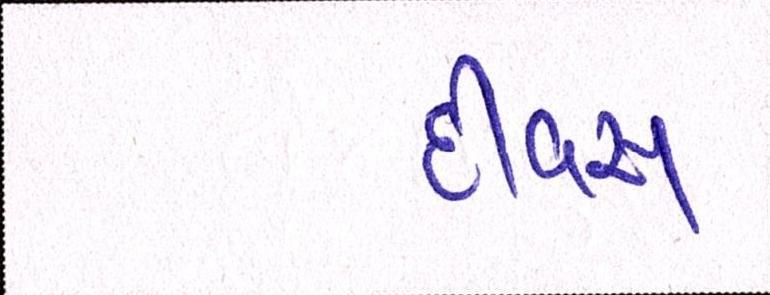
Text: દીવસ